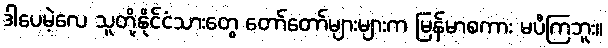
ဒါပေမဲ့လေ သူတို့နိုင်ငံသားတွေ တော်တော်များများက မြန်မာစကား မပီကြဘူး။